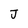
Character: J